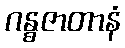
ဂန္ဓဇာတာနံ